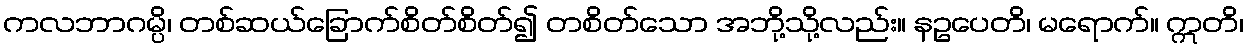
ကလဘာဂမ္ပိ၊ တစ်ဆယ်ခြောက်စိတ်စိတ်၍ တစိတ်သော အဘို့သို့လည်း။ နဥပေတိ၊ မရောက်။ ဣတိ၊